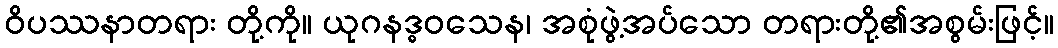
ဝိပဿနာတရား တို့ကို။ ယုဂနဒ္ဓဝသေန၊ အစုံဖွဲ့အပ်သော တရားတို့၏အစွမ်းဖြင့်။